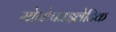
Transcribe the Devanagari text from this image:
मोनोफाइलेटिक